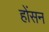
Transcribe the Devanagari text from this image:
होंसन